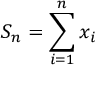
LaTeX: S _ { n } = \sum _ { i = 1 } ^ { n } x _ { i }